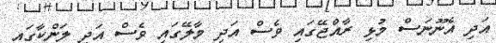
އަދި އެނޫނަސް މުޅި ރާއްޖޭގައި ވެސް އަދި މާލޭގައި ވެސް އަދި ލަންކާގައި